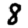
Digit: 8